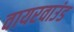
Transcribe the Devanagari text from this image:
वायरवाउंड